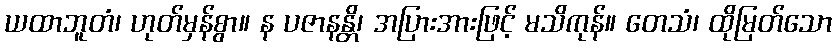
ယထာဘူတံ၊ ဟုတ်မှန်စွာ။ န ပဇာနန္တိ၊ အပြားအားဖြင့် မသိကုန်။ တေသံ၊ ထိုမြတ်သော